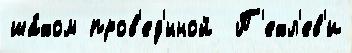
ша́хом пров'ед'́нной  П'ехл'ев'и